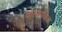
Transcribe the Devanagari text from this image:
वोल्बाकिया